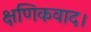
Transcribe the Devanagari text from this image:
क्षणिकवाद।